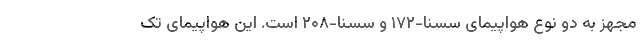
مجهز به دو نوع هواپیمای سسنا-۱۷۲ و سسنا-۲۰۸ است. این هواپیمای تک